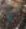
لي